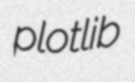
plotlib